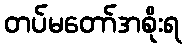
တပ်မတော်အစိုးရ